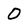
Character: 0